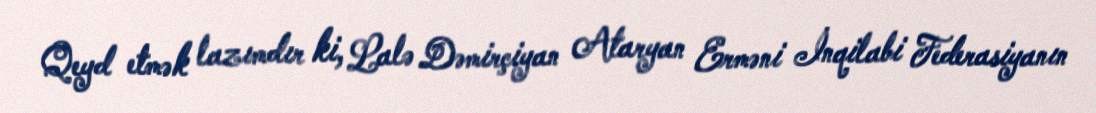
Qeyd etmək lazımdır ki, Lalə Dəmirçiyan Ataryan Erməni İnqilabi Federasiyanın